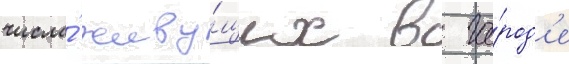
числа́ живу́щих в го́род'е